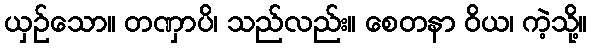
ယှဉ်သော။ တဏှာပိ၊ သည်လည်း။ စေတနာ ဝိယ၊ ကဲ့သို့။